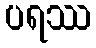
ပရဿ